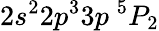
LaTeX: {2s^{2}2p^{3}3p~^{5}P_{2}}